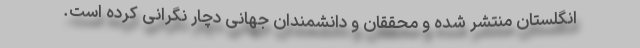
انگلستان منتشر شده و محققان و دانشمندان جهانی دچار نگرانی کرده است.